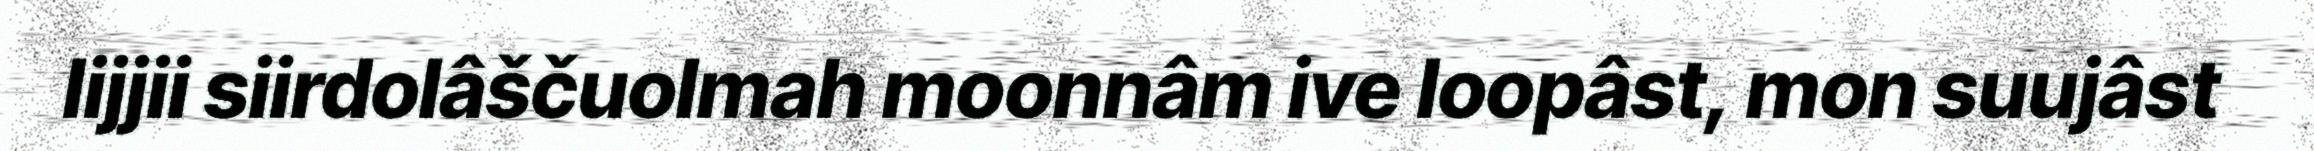
lijjii siirdolâščuolmah moonnâm ive loopâst, mon suujâst